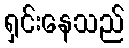
ရှင်းနေသည်